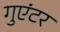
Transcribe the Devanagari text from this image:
गुएंटर